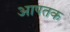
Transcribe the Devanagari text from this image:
आपतक